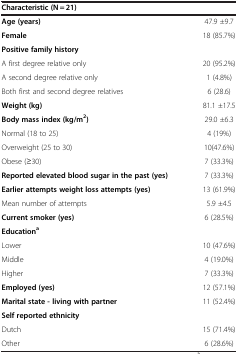
<table><thead><tr><td><b>Characteristic (N = 21)</b></td><td><b> </b></td></tr></thead><tbody><tr><td><b>Age (years)</b></td><td>47.9 ±9.7</td></tr><tr><td><b>Female</b></td><td>18 (85.7%)</td></tr><tr><td><b>Positive family history</b></td><td> </td></tr><tr><td>A first degree relative only</td><td>20 (95.2%)</td></tr><tr><td>A second degree relative only</td><td>1 (4.8%)</td></tr><tr><td>Both first and second degree relatives</td><td>6 (28.6)</td></tr><tr><td><b>Weight (kg)</b></td><td>81.1 ±17.5</td></tr><tr><td><b>Body mass index (kg/m</b><sup><b>2</b></sup><b>)</b></td><td>29.0 ±6.3</td></tr><tr><td>Normal (18 to 25)</td><td>4 (19%)</td></tr><tr><td>Overweight (25 to 30)</td><td>10(47.6%)</td></tr><tr><td>Obese (≥30)</td><td>7 (33.3%)</td></tr><tr><td><b>Reported elevated blood sugar in the past (yes)</b></td><td>7 (33.3%)</td></tr><tr><td><b>Earlier attempts weight loss attempts (yes)</b></td><td>13 (61.9%)</td></tr><tr><td>Mean number of attempts</td><td>5.9 ±4.5</td></tr><tr><td><b>Current smoker (yes)</b></td><td>6 (28.5%)</td></tr><tr><td><b>Education</b><sup><b>a</b></sup></td><td> </td></tr><tr><td>Lower</td><td>10 (47.6%)</td></tr><tr><td>Middle</td><td>4 (19.0%)</td></tr><tr><td>Higher</td><td>7 (33.3%)</td></tr><tr><td><b>Employed (yes)</b></td><td>12 (57.1%)</td></tr><tr><td><b>Marital state - living with partner</b></td><td>11 (52.4%)</td></tr><tr><td><b>Self reported ethnicity</b></td><td> </td></tr><tr><td>Dutch</td><td>15 (71.4%)</td></tr><tr><td>Other</td><td>6 (28.6%)</td></tr></tbody></table>